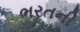
ભરતની